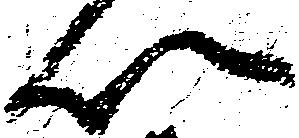
以